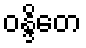
ဝန္ဒိတေ